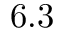
6 . 3